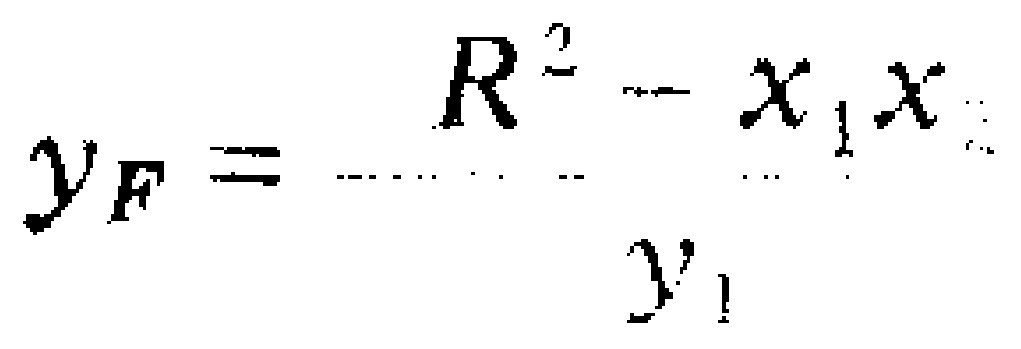
\[y_{F}=\frac{R^{2}-x_{1}x}{y_{1}}\]